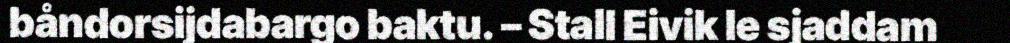
båndorsijdabargo baktu. – Stall Eivik le sjaddam